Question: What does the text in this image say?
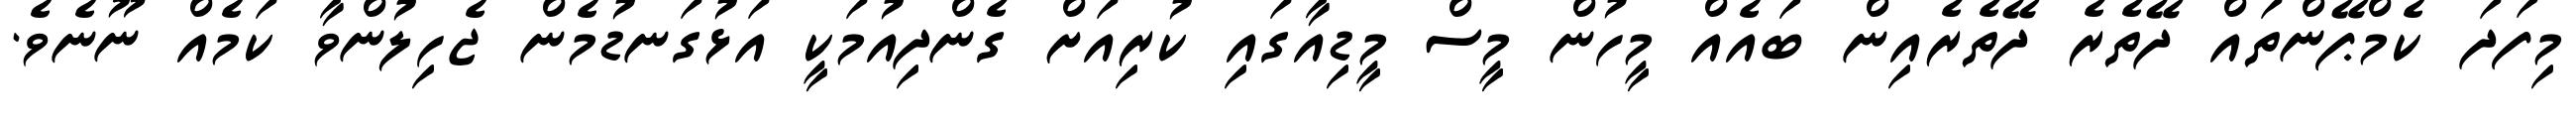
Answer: މިފަދަ ކެމްޕޭންތައް ދޭތެރެ ދޭތެރެއިން ބައެއް މީހުން މީސް މީޑިއާގައި ކުރިއަށް ގެންދިއުމަކީ އަޅުގަނޑުމެން ޖެހިލުންވާ ކަމެއް ނޫނެވެ.